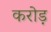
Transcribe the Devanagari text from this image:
करोड़